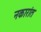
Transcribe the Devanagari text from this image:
नकारांत